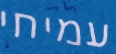
עמיחי